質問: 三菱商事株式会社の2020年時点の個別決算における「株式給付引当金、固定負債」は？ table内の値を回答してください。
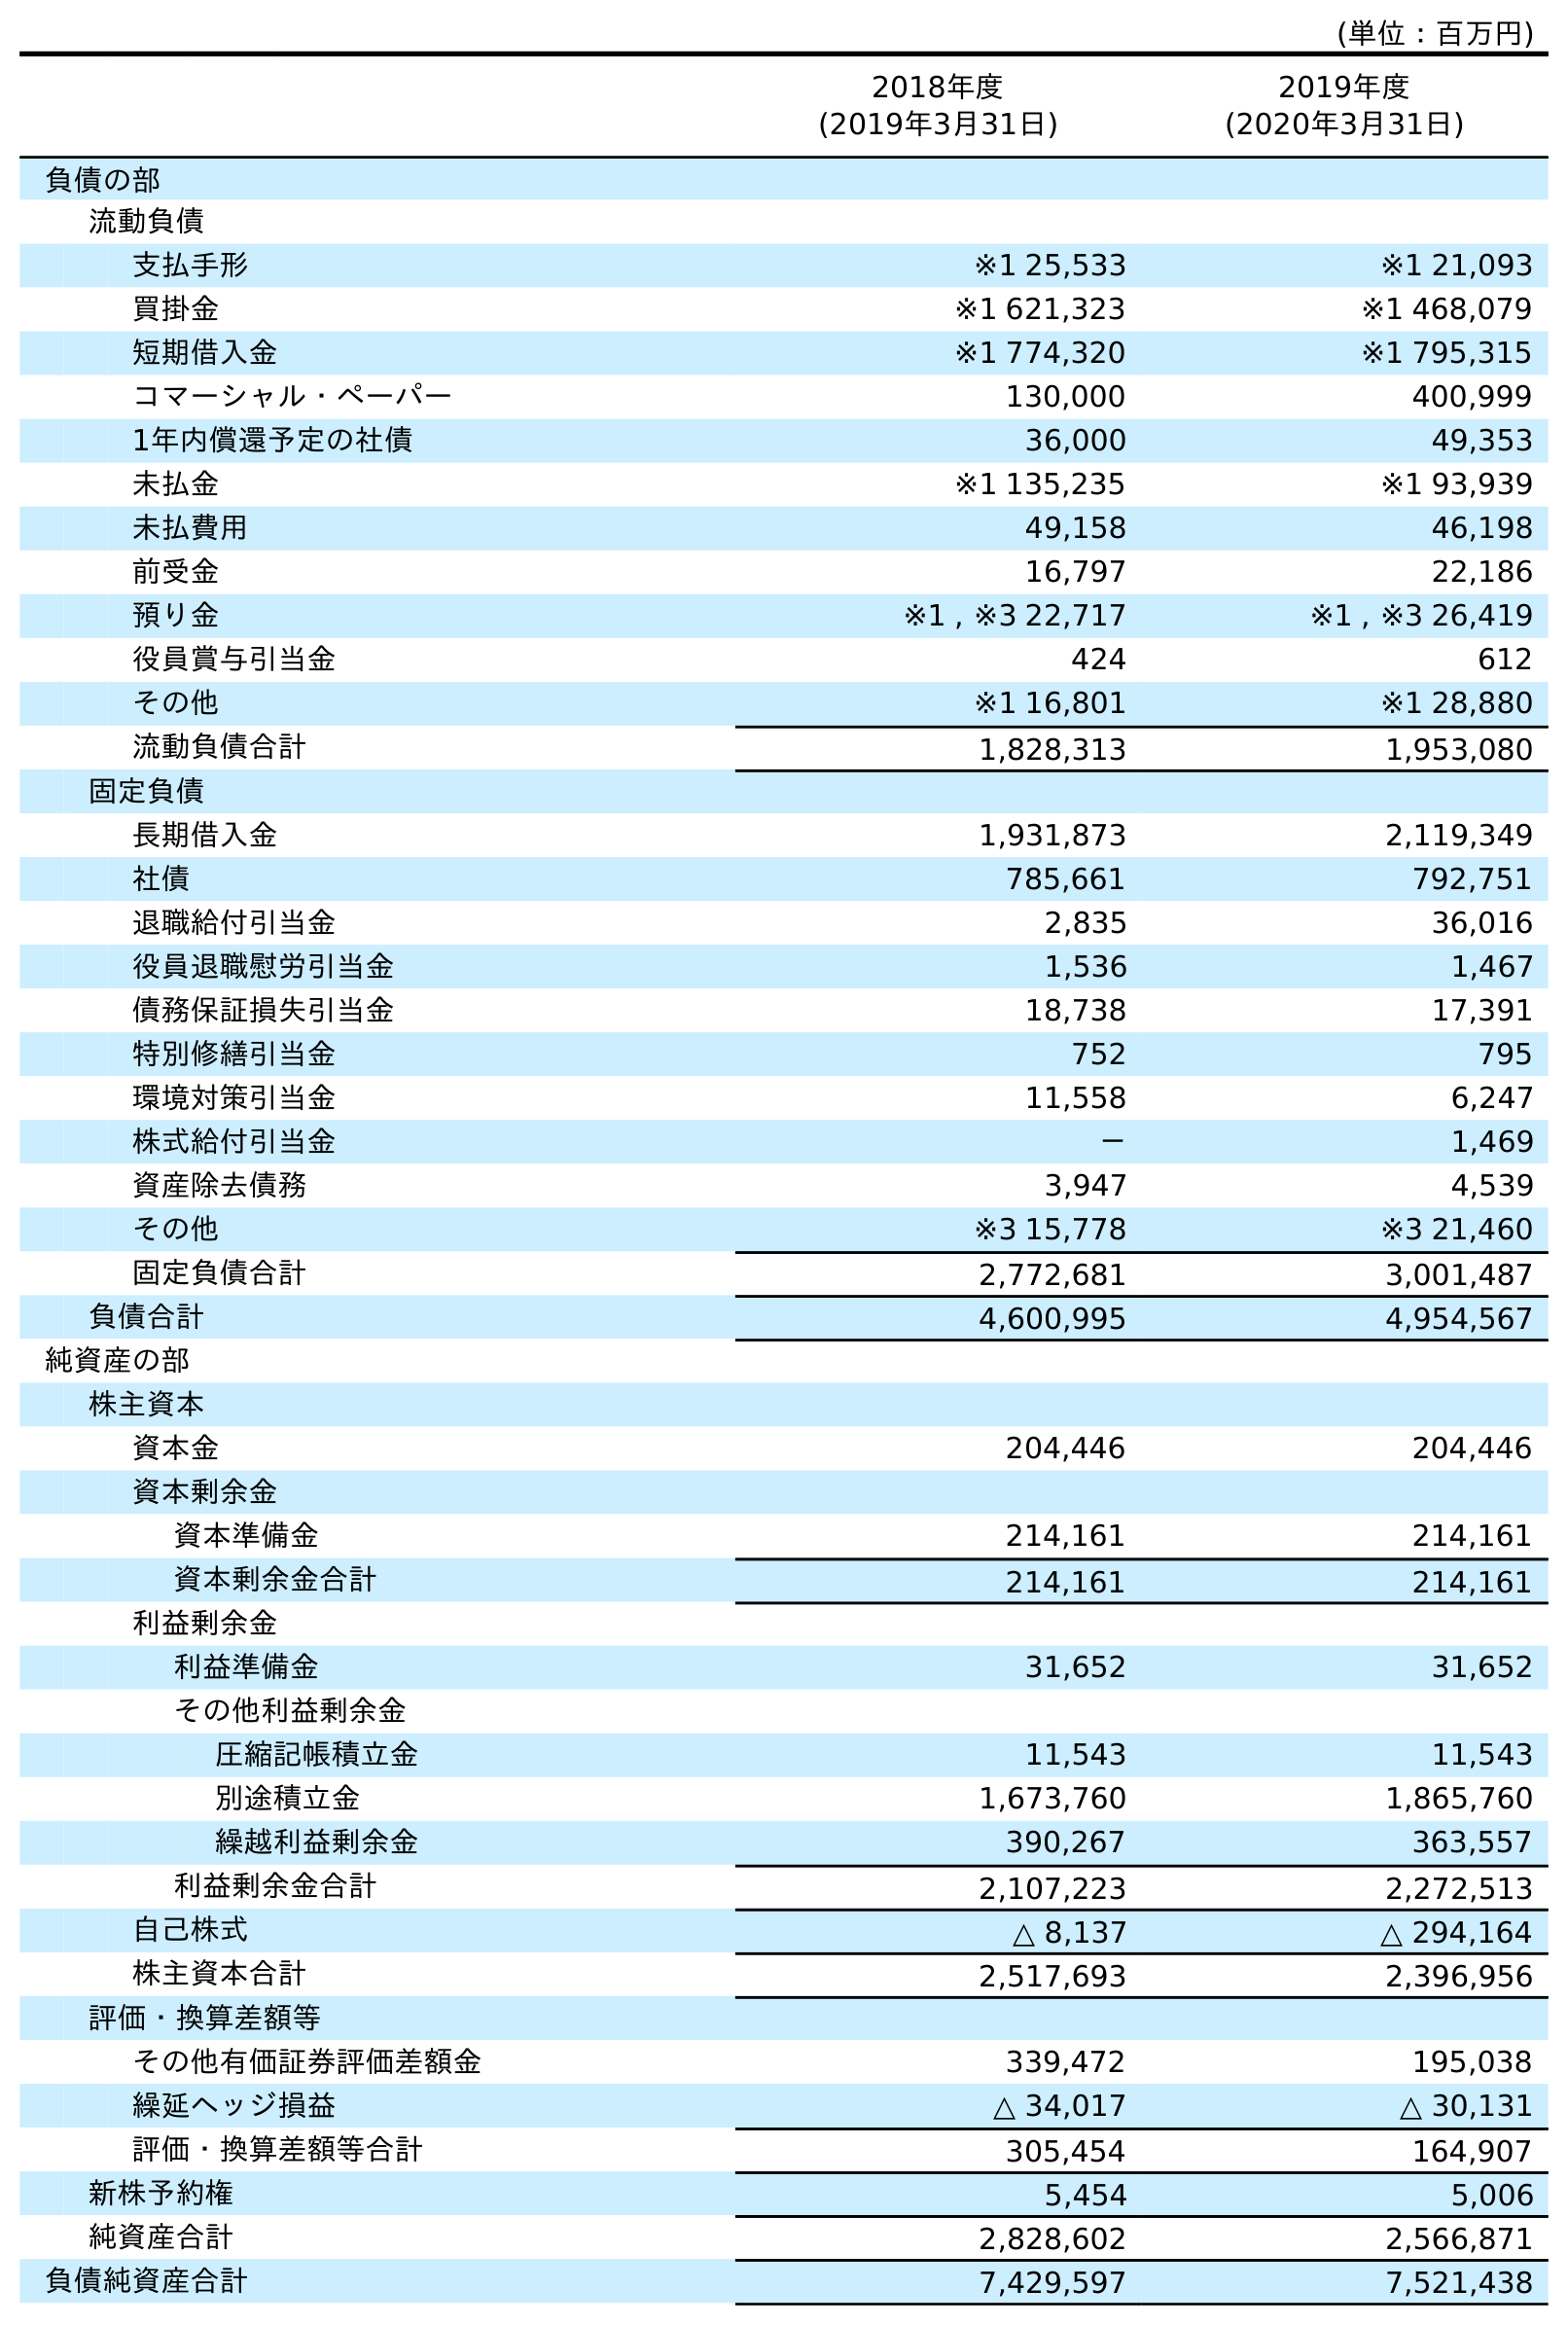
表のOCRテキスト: (単位：百万円) 2018年度 (2019年3月31日) 2019年度 (2020年3月31日) 負債の部 流動負債 支払手形 ※1 25,533 ※1 21,093 買掛金 ※1 621,323 ※1 468,079 短期借入金 ※1 774,320 ※1 795,315 コマーシャル・ペーパー 130,000 400,999 1年内償還予定の社債 36,000 49,353 未払金 ※1 135,235 ※1 93,939 未払費用 49,158 46,198 前受金 16,797 22,186 預り金 ※1 , ※3 22,717 ※1 , ※3 26,419 役員賞与引当金 424 612 その他 ※1 16,801 ※1 28,880 流動負債合計 1,828,313 1,953,080 固定負債 長期借入金 1,931,873 2,119,349 社債 785,661 792,751 退職給付引当金 2,835 36,016 役員退職慰労引当金 1,536 1,467 債務保証損失引当金 18,738 17,391 特別修繕引当金 752 795 環境対策引当金 11,558 6,247 株式給付引当金 － 1,469 資産除去債務 3,947 4,539 その他 ※3 15,778 ※3 21,460 固定負債合計 2,772,681 3,001,487 負債合計 4,600,995 4,954,567 純資産の部 株主資本 資本金 204,446 204,446 資本剰余金 資本準備金 214,161 214,161 資本剰余金合計 214,161 214,161 利益剰余金 利益準備金 31,652 31,652 その他利益剰余金 圧縮記帳積立金 11,543 11,543 別途積立金 1,673,760 1,865,760 繰越利益剰余金 390,267 363,557 利益剰余金合計 2,107,223 2,272,513 自己株式 △ 8,137 △ 294,164 株主資本合計 2,517,693 2,396,956 評価・換算差額等 その他有価証券評価差額金 339,472 195,038 繰延ヘッジ損益 △ 34,017 △ 30,131 評価・換算差額等合計 305,454 164,907 新株予約権 5,454 5,006 純資産合計 2,828,602 2,566,871 負債純資産合計 7,429,597 7,521,438
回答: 1,469